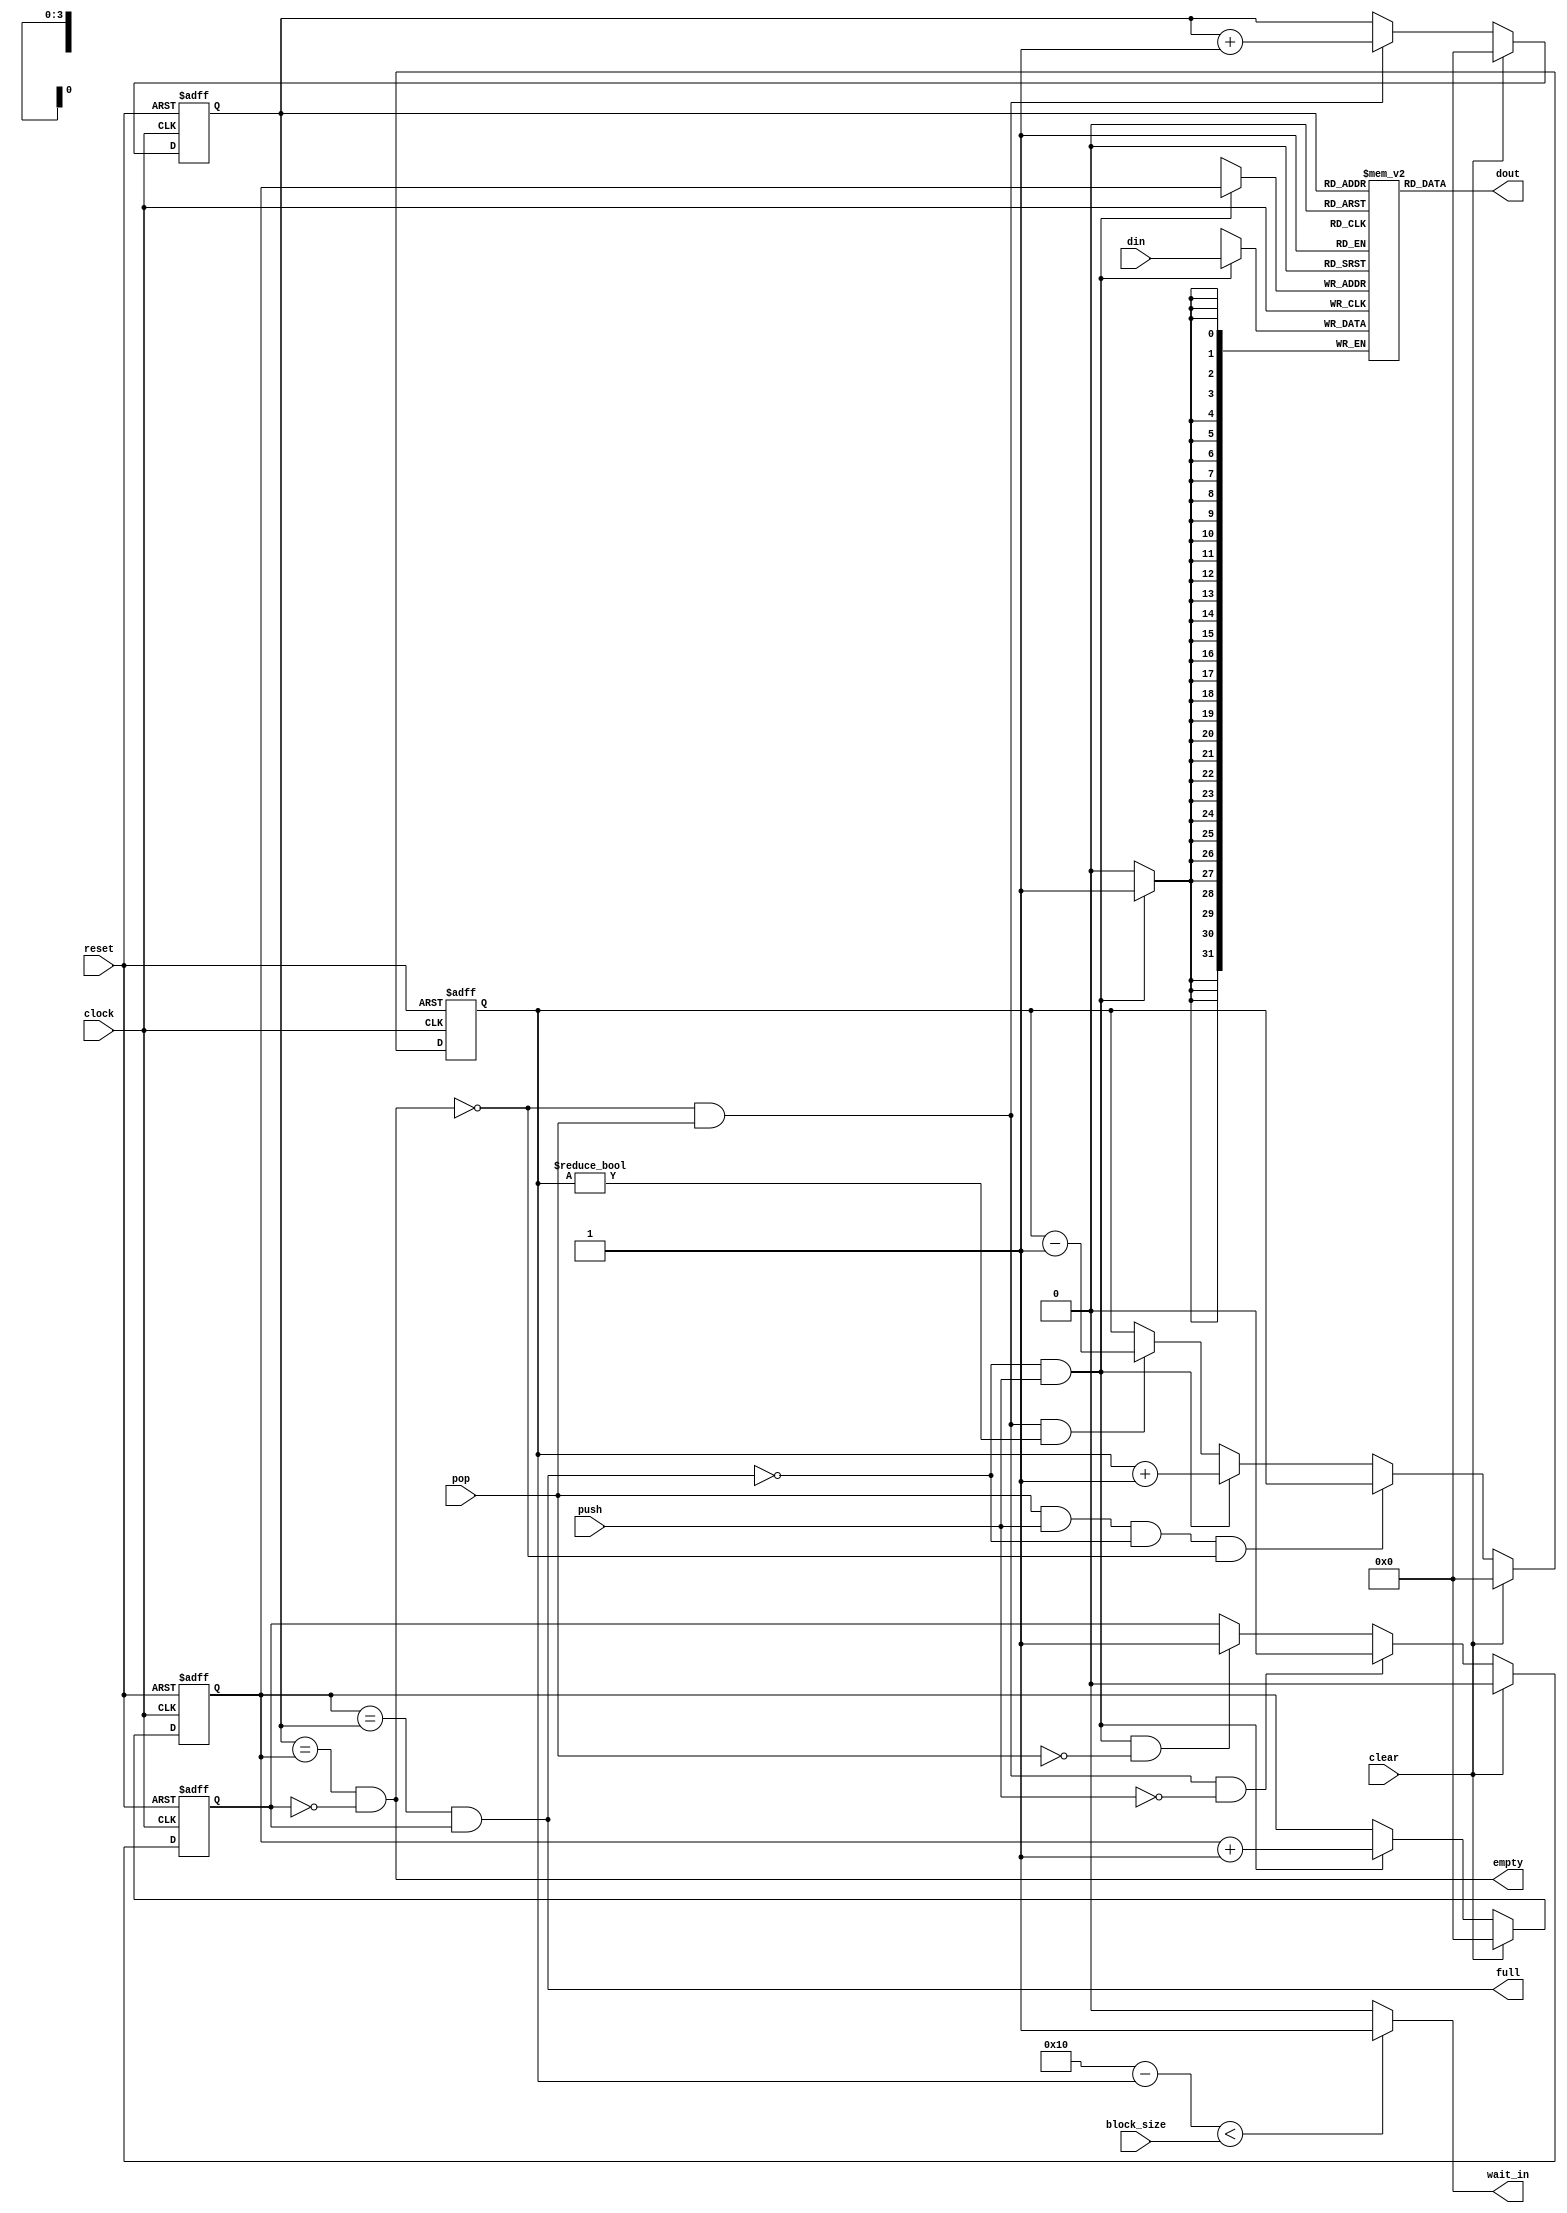

//`include "r128a32_25um.v"

module fifo (
	clock,
	reset,
        clear,
	block_size,
	wait_in,
	//wait_out,
	push,
	pop,
	full,
	empty,
	din,
	dout
);

input 			clock;
input 			reset;
input                   clear;
input 			push;
input 			pop;
output 			full;
output 			empty;
output      wait_in;
//output      wait_out;
input 	[31:0] 	din;
output 	[31:0] 	dout;
input   [4:0]   block_size;

wire 	[31:0] 	dout;

reg 	[3:0] 	wptr;
reg 	[3:0] 	rptr;
reg   [3:0]   input_cnt;
reg   [3:0]   input_cnt_d;
reg				last_op;
reg   [31:0] mem [15:0];

wire			full;
wire			empty;
 
always @(posedge clock or negedge reset)
	if (!reset)
		last_op <= 1'b0;
   else if (clear)
    last_op <= 1'b0;
    else begin
        if (!empty && pop && !push)
		  last_op <= 1'b0;
	    else if (!full && push && !pop)
		  last_op <= 1'b1;
	end

always @(posedge clock or negedge reset)
	if (!reset)
	begin
		  rptr <= 4'b0000;
		  wptr <= 4'b0000;
		  input_cnt <= 4'b0;
		end else if(clear)
		begin
		  rptr <= 4'b0000;
		  wptr <= 4'b0000;
		  input_cnt <= 4'b0;
		end
	else begin
	input_cnt <= input_cnt_d;
	if (!empty && pop) 
	begin
		rptr <=  rptr + 4'b1;
		//input_cnt = input_cnt - 1;
		end
		
  if (!full && push)
	begin
		wptr <=  wptr + 4'b1;
		//input_cnt = input_cnt + 1;
		end
end

always @(*) begin
    if (pop && push && !full && !empty) begin
        input_cnt_d = input_cnt;
    end else if (!full && push) begin
        input_cnt_d = input_cnt + 4'b1;
    end else if (!empty && pop && input_cnt != 0) begin
        input_cnt_d = input_cnt -  4'b1;
    end else begin
        input_cnt_d = input_cnt;
    end
end

assign empty = (rptr ==	wptr) && !last_op;
assign full = (wptr == rptr) && last_op;
assign wait_in = (5'd16 - input_cnt) < block_size ? 1'b1 : 1'b0;
//assign wait_out = input_cnt < block_size ? 1:0;
assign dout = mem[{rptr[3:0]}];

always @ (posedge clock)
begin
	if(!full && push)
	mem[{wptr[3:0]}] <= din;
end
 

endmodule